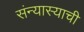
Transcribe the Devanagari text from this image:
संन्यास्याची